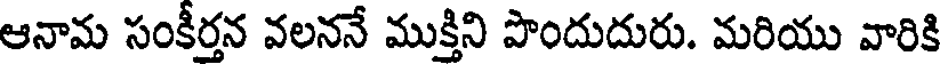
ఆనామ సంకీర్తన వలననే ముక్తిని పొందుదురు. మరియు వారికి